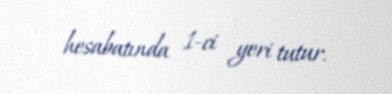
hesabatında 1-ci yeri tutur.